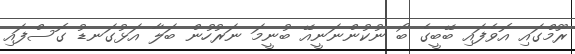
ރޫމްގައި އޮވެފައި ބޭބީގެ ބޯ ނުކުންނަނީއޭ ބުނީމަ ނަރުހުން ބަލާ އަޅުގަނޑު ގޮސްފައި